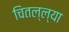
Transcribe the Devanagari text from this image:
चितल्ल्या